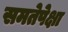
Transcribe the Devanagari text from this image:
समतेपेक्षा